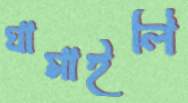
ঘামাইলি